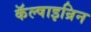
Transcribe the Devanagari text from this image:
कॅल्षाइन्रिन